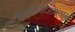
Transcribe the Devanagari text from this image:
निर्माणादरम्यान